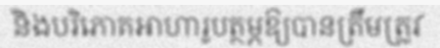
និងបរិភោគអាហារូបត្ថម្ភឱ្យបានត្រឹមត្រូវ